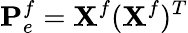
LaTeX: \mathbf{P}_{e}^{f}=\mathbf{X}^{f}(\mathbf{X}^{f})^{T}